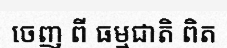
ចេញ ពី ធម្មជាតិ ពិត